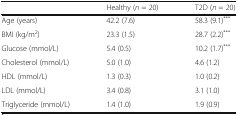
<table><thead><tr><td></td><td><b>Healthy (<i>n</i> = 20)</b></td><td><b>T2D (<i>n</i> = 20)</b></td></tr></thead><tbody><tr><td>Age (years)</td><td>42.2 (7.6)</td><td>58.3 (9.1)<sup>***</sup></td></tr><tr><td>BMI (kg/m<sup>2</sup>)</td><td>23.3 (1.5)</td><td>28.7 (2.2)<sup>***</sup></td></tr><tr><td>Glucose (mmol/L)</td><td>5.4 (0.5)</td><td>10.2 (1.7)<sup>***</sup></td></tr><tr><td>Cholesterol (mmol/L)</td><td>5.0 (1.0)</td><td>4.6 (1.2)</td></tr><tr><td>HDL (mmol/L)</td><td>1.3 (0.3)</td><td>1.0 (0.2)</td></tr><tr><td>LDL (mmol/L)</td><td>3.4 (0.8)</td><td>3.1 (1.0)</td></tr><tr><td>Triglyceride (mmol/L)</td><td>1.4 (1.0)</td><td>1.9 (0.9)</td></tr></tbody></table>